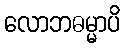
လောဘဓမ္မာပိ